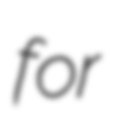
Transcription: for